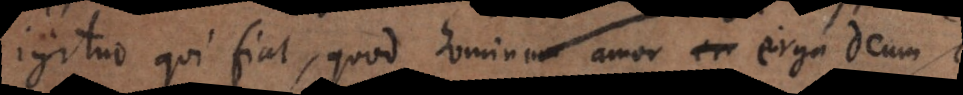
igitur qui fiat, quod hominum amor erga Deum